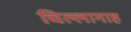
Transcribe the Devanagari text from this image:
चिल्लागाह